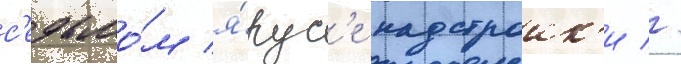
с'едьмо́м я́рус'е надстроик'и //